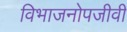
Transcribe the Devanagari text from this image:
विभाजनोपजीवी